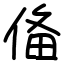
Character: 俻